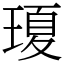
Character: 𤧶